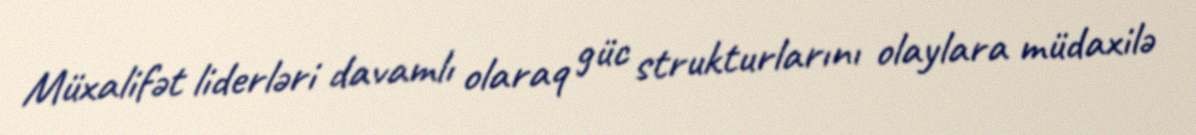
Müxalifət liderləri davamlı olaraq güc strukturlarını olaylara müdaxilə